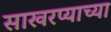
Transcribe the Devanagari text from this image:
साखरप्याच्या